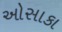
ઓસાકા